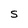
Character: S